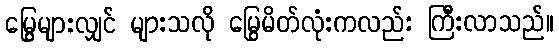
မြွေများလျှင် များသလို မြွေမိတ်လုံးကလည်း ကြီးလာသည်။